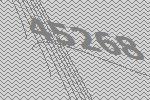
45268